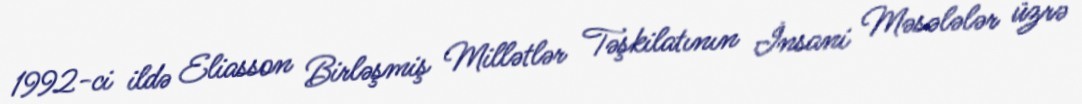
1992-ci ildə Eliasson Birləşmiş Millətlər Təşkilatının İnsani Məsələlər üzrə